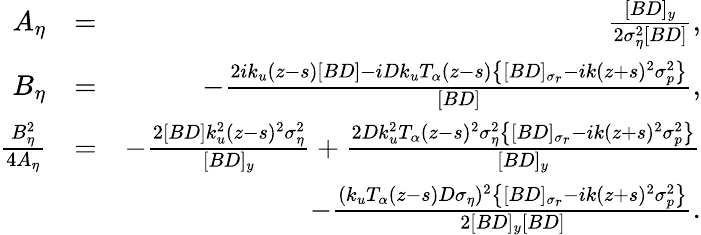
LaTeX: \begin{array}{rlr}{A_{\eta}}&{=}&{\frac{[BD]_{y}}{2\sigma_{\eta}^{2}[BD]},}\\ {B_{\eta}}&{=}&{-\frac{2ik_{u}(z-s)[BD]-iDk_{u}T_{\alpha}(z-s)\big\{ [BD]_{\sigma_{r}}-ik(z+s)^{2}\sigma_{p}^{2}\big\} }{[BD]},}\\ {\frac{B_{\eta}^{2}}{4A_{\eta}}}&{=}&{-\frac{2[BD]k_{u}^{2}(z-s)^{2}\sigma_{\eta}^{2}}{[BD]_{y}}+\frac{2Dk_{u}^{2}T_{\alpha}(z-s)^{2}\sigma_{\eta}^{2}\big\{ [BD]_{\sigma_{r}}-ik(z+s)^{2}\sigma_{p}^{2}\big\} }{[BD]_{y}}}\\ &{}&{\quad-\frac{(k_{u}T_{\alpha}(z-s)D\sigma_{\eta})^{2}\big\{ [BD]_{\sigma_{r}}-ik(z+s)^{2}\sigma_{p}^{2}\big\} }{2[BD]_{y}[BD]}.}\end{array}